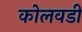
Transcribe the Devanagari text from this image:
कोलवडी